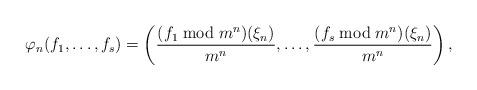
LaTeX: \begin{align*}\varphi_n (f_1,\ldots,f_s)=\left(\frac{(f_1 \bmod m^n)(\xi_n)}{m^n},\ldots,\frac{(f_s\bmod m^n)(\xi_n)}{m^n}\right),\end{align*}